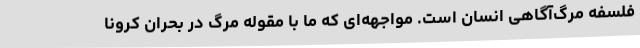
فلسفه مرگ‌آگاهی انسان است. مواجهه‌ای که ما با مقوله مرگ در بحران کرونا